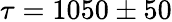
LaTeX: \tau=1050\pm 50